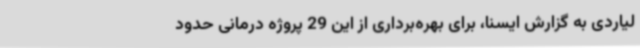
لیاردی به گزارش ایسنا، برای بهره‌برداری از این 29 پروژه درمانی حدود